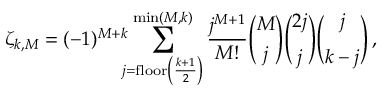
\zeta _ { k , M } = ( - 1 ) ^ { M + k } \! \! \! \sum _ { j = \mathrm { f l o o r } \left( \frac { k + 1 } { 2 } \right) } ^ { \operatorname* { m i n } ( M , k ) } \frac { j ^ { M + 1 } } { M ! } { \binom { M } { j } } { \binom { 2 j } { j } } { \binom { j } { k - j } } \, ,